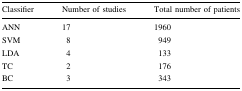
<table><thead><tr><td><b>Classifier</b></td><td><b>Number of studies</b></td><td><b>Total number of patients</b></td></tr></thead><tbody><tr><td>ANN</td><td>17</td><td>1960</td></tr><tr><td>SVM</td><td>8</td><td>949</td></tr><tr><td>LDA</td><td>4</td><td>133</td></tr><tr><td>TC</td><td>2</td><td>176</td></tr><tr><td>BC</td><td>3</td><td>343</td></tr></tbody></table>